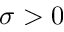
\sigma > 0